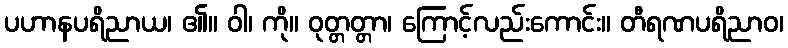
ပဟာနပရိညာယ၊ ၏။ ဝါ၊ ကို။ ဝုတ္တတ္တာ၊ ကြောင့်လည်းကောင်း။ တီရဏပရိညာဝ၊